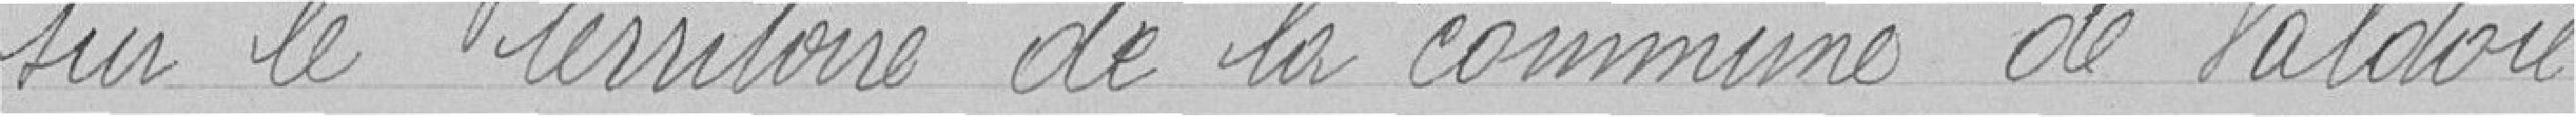
sur le territoire de la commune de Valdoie.